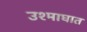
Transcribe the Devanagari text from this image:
उश्माघात